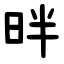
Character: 㫠